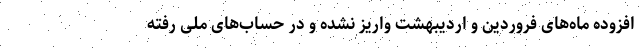
افزوده ماه‌های فروردین و اردیبهشت واریز نشده و در حساب‌های ملی رفته